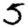
Digit: 5